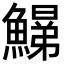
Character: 𩻋